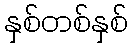
နှစ်တစ်နှစ်